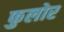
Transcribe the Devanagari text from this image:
फुलोर